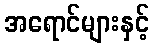
အရောင်များနှင့်